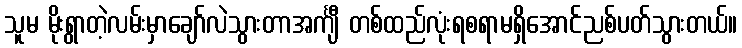
သူမ မိုးရွာတဲ့လမ်းမှာချော်လဲသွားတာအင်္ကျီ တစ်ထည်လုံးရစရာမရှိအောင်ညစ်ပတ်သွားတယ်။